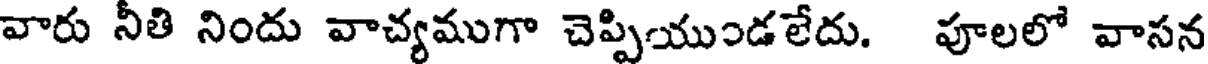
వారు నీతి నిందు వాచ్యముగా చెప్పియుండలేదు. పూలలో వాసన